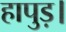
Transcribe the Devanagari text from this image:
हापुड़।